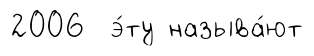
2006 э́ту называ́ют